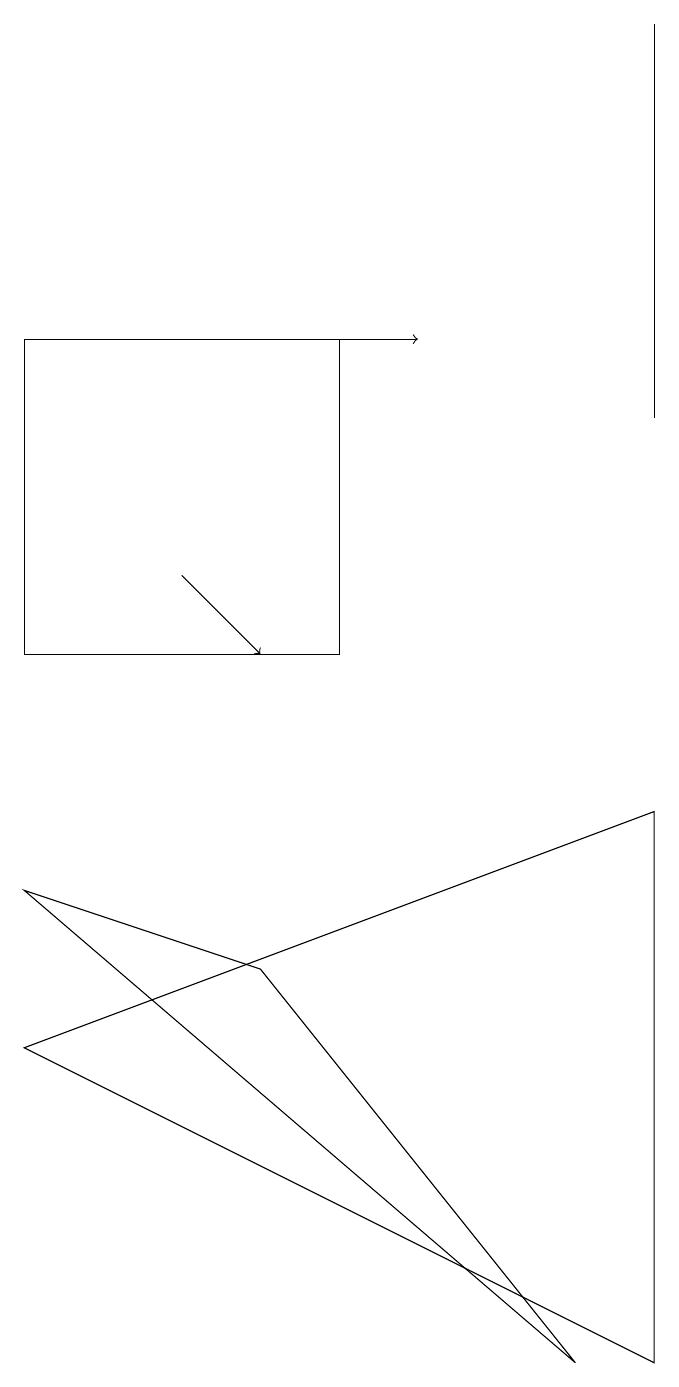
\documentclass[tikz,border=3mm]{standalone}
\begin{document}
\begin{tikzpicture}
\draw (8,8) -- (0,5) -- (8,1) -- cycle;
\draw (7,1) -- (3,6) -- (0,7) -- cycle;
\draw (8,18) rectangle (8,13);
\draw[->] (2,14) -- (5,14);
\draw (0,10) rectangle (4,14);
\draw[->] (2,11) -- (3,10);
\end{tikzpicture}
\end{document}